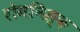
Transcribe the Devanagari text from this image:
रोमनिस्क़